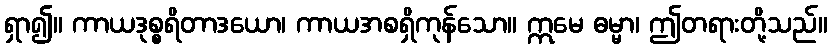
ရှာ၍။ ကာယဒုစ္စရိတာဒယော၊ ကာယအစရှိကုန်သော။ ဣမေ ဓမ္မာ၊ ဤတရားတို့သည်။